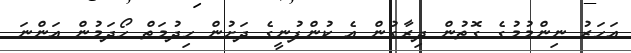
އަހަރު ނިންމުމުގެ ގޮތުން ދިރާގުން އެ ކުންފުނީގެ ދަށުން ހިދުމަތް ހޯދަމުން އަންނަ